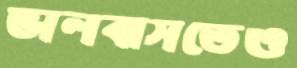
ভালবাসতেও